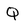
Character: Q